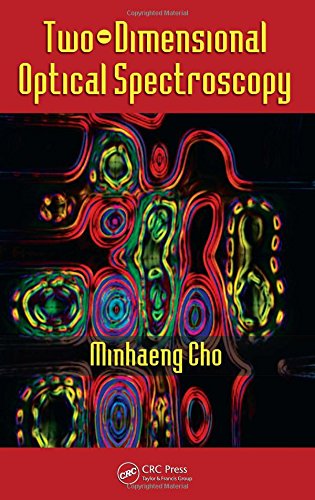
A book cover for Two-Dimensional Optical Spectroscopy; Minhaeng Cho; Science & Math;